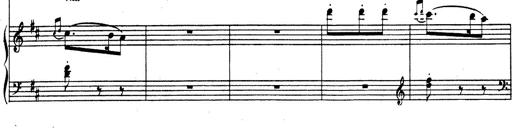
Title: Rhapsodie espagnole
Composer: Franz Liszt